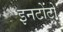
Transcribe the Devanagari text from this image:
इनटोटो